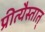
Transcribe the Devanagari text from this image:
प्रीत्यैस्तात्